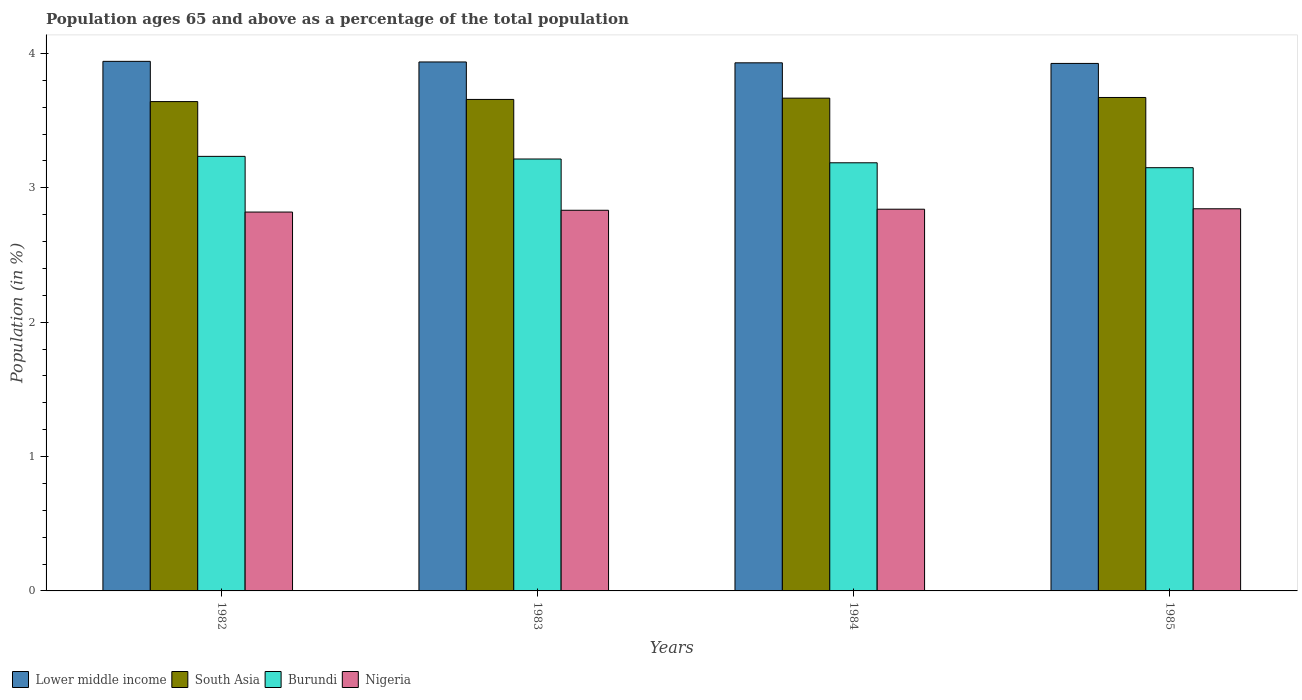
| Years | Lower middle income | South Asia | Burundi | Nigeria |
 | --- | --- | --- | --- | --- |
 | 1982 | 3.94 | 3.64 | 3.23 | 2.82 |
 | 1983 | 3.94 | 3.66 | 3.21 | 2.83 |
 | 1984 | 3.93 | 3.67 | 3.19 | 2.84 |
 | 1985 | 3.93 | 3.67 | 3.15 | 2.84 |